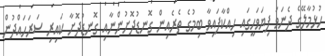
ހުޅުމާލޭގެ ދެނަވަ ފިޔަވަހީގައި ހިއްކާފައިވާ ބިމުގެ ތެރެއިން ގޮނޑުދޮށުންނާއި ގޮނޑުދޮށާ ކައިރި ސަރަހައްދުން